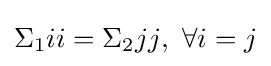
\Sigma _{1}{ii}=\Sigma _{2}{jj},\ \forall i=j